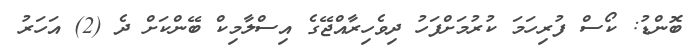
ބޮންޑު: ކޯސް ފުރިހަމަ ކުރުމަށްފަހު ދިވެހިރާއްޖޭގެ އިސްލާމިކް ބޭންކަށް ދެ (2) އަހަރު